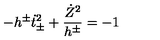
- h ^ { \pm } \dot { t } _ { \pm } ^ { 2 } + \frac { \dot { Z } ^ { 2 } } { h ^ { \pm } } = - 1